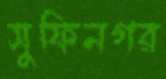
সুফিনগর